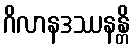
ဂိလာနဒဿနန္တိ